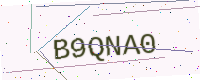
Text: B9QNA0